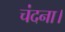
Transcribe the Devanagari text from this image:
चंदना।